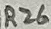
Text: R26